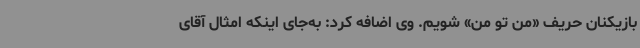
بازیکنان حریف «من تو من» شویم. وی اضافه کرد: به‌جای اینکه امثال آقای